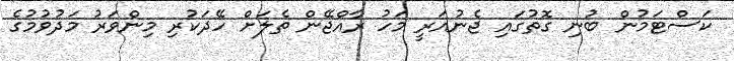
ކަސްޓަމުން ބުނި ގޮތުގައި ޖެނުއަރީ މަހު ރާއްޖޭން ތެލަށް ހޭދަކުރި މިންވަރު މަދުވުމުގެ